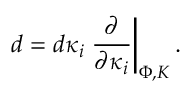
d = d \kappa _ { i } \left. { \frac { \partial } { \partial \kappa _ { i } } } \right| _ { \Phi , K } .